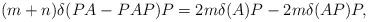
LaTeX: \begin{align*}(m+n)\delta(PA-PAP)P=2m\delta(A)P-2m\delta(AP)P, \end{align*}